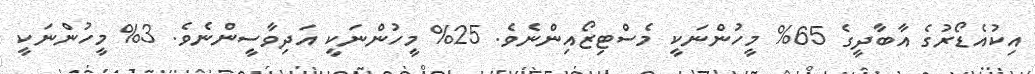
އިކުއެޑޯރުގެ އާބާދީގެ 65% މީހުންނަކީ މެސްޓިޒޯއިންނެވެ. 25% މީހުންނަކީ އަދިވާސީންނެވެ. 3% މީހުންނަކީ